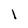
Character: l